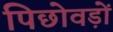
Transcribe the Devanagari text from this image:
पिछोवड़ों